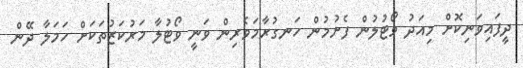
ދީފައިވަނިކޮށް މިއަދު ވޯޓުލުން ފެށުމުން ހަނގުރާމަވެރިން ވަނީ ވޯޓުލާ މަރުކަޒުތަކަށް ހަމަލާ ދޭން